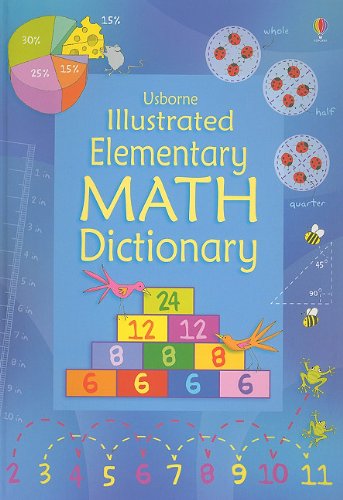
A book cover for Usborne Illustrated Elementary Math Dictionary (Illustrated Dictionaries); Kirsteen Rogers; Reference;